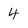
Character: 4